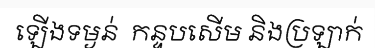
ឡើងទម្ងន់  កន្ទបសើម និងប្រឡាក់